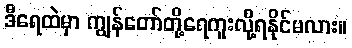
ဒီရေထဲမှာ ကျွန်တော်တို့ရေကူးလို့ရနိုင်မလား။